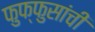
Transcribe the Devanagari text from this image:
फुफ्फुसांची